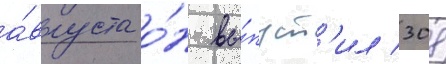
а́вгуста о́н вы́пуст'ил 308